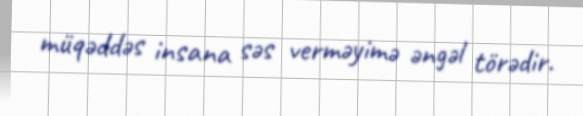
müqəddəs insana səs verməyimə əngəl törədir.